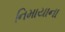
નિમાયાના